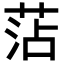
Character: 𮏝